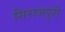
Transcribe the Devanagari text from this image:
सिराजपुरी